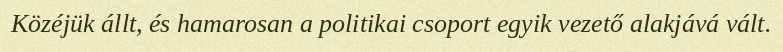
Közéjük állt, és hamarosan a politikai csoport egyik vezető alakjává vált.